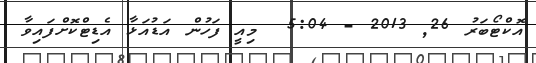
އޮކްޓޯބަރު 26